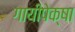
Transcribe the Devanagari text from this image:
गायीपेक्षा